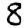
Digit: 8